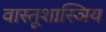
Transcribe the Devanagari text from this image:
वास्तूशास्ञिय